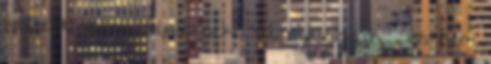
kellett volna adnia neki “ül, nyugszik” , és nem